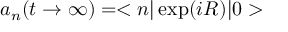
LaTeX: a _ { n } ( t \rightarrow \infty ) = < n | \exp ( i R ) | 0 >